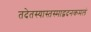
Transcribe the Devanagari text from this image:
तदेतस्यास्तस्माद्वदनकमलं